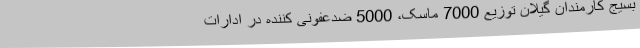
بسیج کارمندان گیلان توزیع 7000 ماسک، 5000 ضدعفونی کننده در ادارات